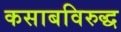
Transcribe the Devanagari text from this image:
कसाबविरुद्ध